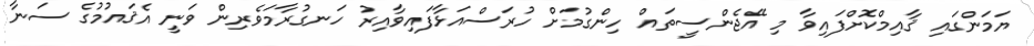
ޔަމަންގައި ޤާއިމްކޮށްފައިވާ މި އޭޖެންސީތައް ހިންގުމަށް ހުރަސްއަޅާފައިވާއިރު ހަނގުރާމަވެރިން ވަނީ އެޤައުމުގެ ސަނާ